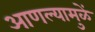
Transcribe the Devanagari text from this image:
आणल्यामुळें